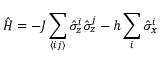
\hat { H } = - J \sum _ { \langle i j \rangle } \hat { \sigma } _ { z } ^ { i } \hat { \sigma } _ { z } ^ { j } - h \sum _ { i } \hat { \sigma } _ { x } ^ { i }